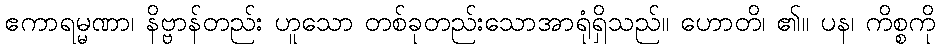
ဧကာရမ္မဏာ၊ နိဗ္ဗာန်တည်း ဟူသော တစ်ခုတည်းသောအာရုံရှိသည်။ ဟောတိ၊ ၏။ ပန၊ ကိစ္စကို